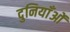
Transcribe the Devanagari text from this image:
दुनियाँओं